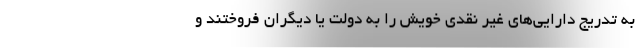
به تدریج دارایی‌های غیر نقدی خویش را به دولت یا دیگران فروختند و